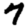
Digit: 7